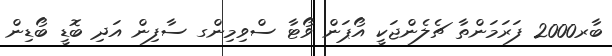
ބާރ2000 ފަރަމަންތާ ޗެލެންޖަކީ އޯޕަން ވޯޓާ ސްވިމިންގ ސާފިން އަދި ބޮޑީ ބޯޑިން